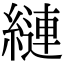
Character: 縺